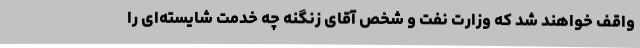
واقف خواهند شد که وزارت نفت و شخص آقای زنگنه چه خدمت شایسته‌ای را